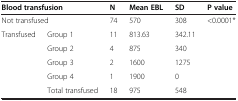
<table><thead><tr><td colspan="2"><b>Blood transfusion</b></td><td><b>N</b></td><td><b>Mean EBL</b></td><td><b>SD</b></td><td><b>P value</b></td></tr></thead><tbody><tr><td colspan="2">Not transfused</td><td>74</td><td>570</td><td>308</td><td rowspan="6">&lt;0.0001*</td></tr><tr><td rowspan="3">Transfused</td><td>Group 1</td><td>11</td><td>813.63</td><td>342.11</td></tr><tr><td>Group 2</td><td>4</td><td>875</td><td>340</td></tr><tr><td>Group 3</td><td>2</td><td>1600</td><td>1275</td></tr><tr><td></td><td>Group 4</td><td>1</td><td>1900</td><td>0</td></tr><tr><td></td><td>Total transfused</td><td>18</td><td>975</td><td>548</td></tr></tbody></table>